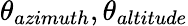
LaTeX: \theta_{azimuth},\theta_{altitude}